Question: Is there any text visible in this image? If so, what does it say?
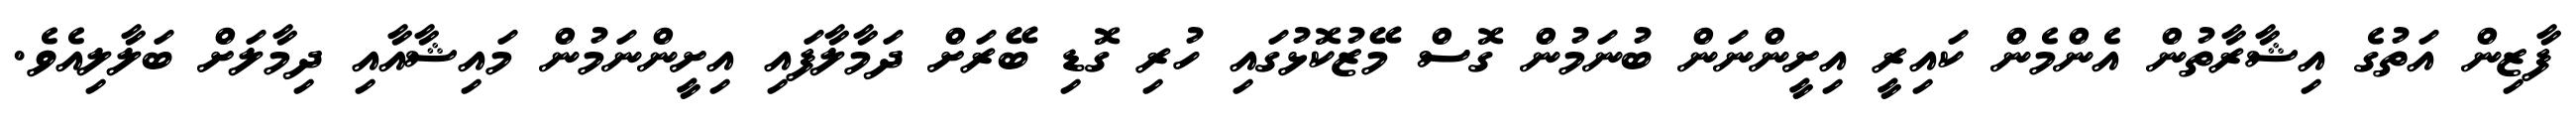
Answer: ފާޒިން އަތުގެ އިޝާރާތުން އެންމެން ކައިރީ އިށީންނަން ބުނަމުން ގޮސް މޭޒުކޮޅުގައި ހުރި ގޮޑި ބޭރަށް ދަމާލާފައި އިށީންނަމުން މައިޝާއާއި ދިމާލަށް ބަލާލިއެވެ.